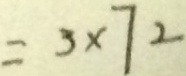
= 3 \times 7 2